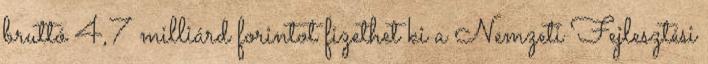
bruttó 4,7 milliárd forintot fizethet ki a Nemzeti Fejlesztési